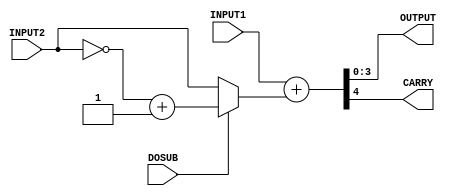
/* 
 * INPUT1 : /
 * INPUT2 : /
 * DOSUB  : 01
 * OUTPUT : 
 * CARRY  : 
 */
module ADDER(INPUT1, INPUT2, DOSUB, OUTPUT, CARRY);
	input  [3:0] INPUT1;
	input  [3:0] INPUT2;
	input        DOSUB;
	output [3:0] OUTPUT;
	output       CARRY;

	wire   [3:0] OUTPUT;
	wire         CARRY;
	wire   [3:0] INPUT2_BUF;

	assign INPUT2_BUF = DOSUB ? (~INPUT2[3:0]) + 4'b1 : INPUT2[3:0];
	assign {CARRY,OUTPUT[3:0]} = {1'b0,INPUT1[3:0]} + {1'b0,INPUT2_BUF[3:0]};

endmodule